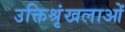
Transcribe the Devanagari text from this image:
उक्तिश्रृंखलाओं